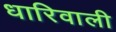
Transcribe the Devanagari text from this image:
धारिवाली